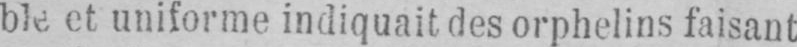
ble et uniforme indiquait des orphelins faisant